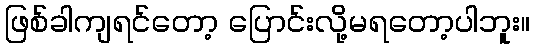
ဖြစ်ခါကျရင်တော့ ပြောင်းလို့မရတော့ပါဘူး။